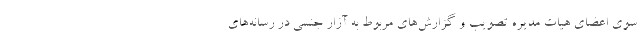
سوی اعضای هیات مدیره تصویب و گزارش‌های مربوط به آزار جنسی در رسانه‌های